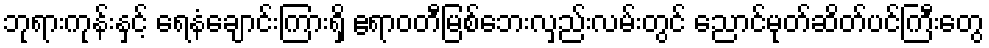
ဘုရားကုန်းနှင့် ရေနံချောင်းကြားရှိ ဧရာဝတီမြစ်ဘေးလှည်းလမ်းတွင် ညောင်မုတ်ဆိတ်ပင်ကြီးတွေ